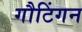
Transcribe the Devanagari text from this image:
गौटिंगन